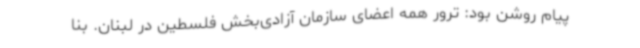
پیام روشن بود: ترور همه اعضای سازمان آزادی‌بخش فلسطین در لبنان. بنا